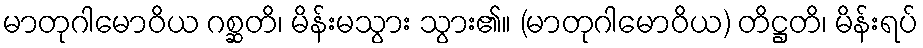
မာတုဂါမောဝိယ ဂစ္ဆတိ၊ မိန်းမသွား သွား၏။ (မာတုဂါမောဝိယ) တိဋ္ဌတိ၊ မိန်းရပ်